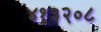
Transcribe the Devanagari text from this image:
४१३२०८